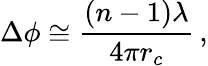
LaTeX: \Delta\phi\cong\frac{(n-1)\lambda}{4\pi r_{c}}\, ,